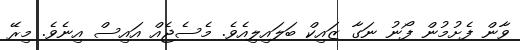
ވާން ފެށުމުން ފޯނު ނަގާ ޒައިކް ބަލައިލިއެވެ. މެސެޖެއް އައިސް އިނެވެ. މިރޭ